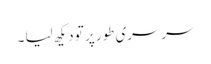
سرسری طور پر تو دیکھ لیا ۔